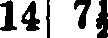
14 7½